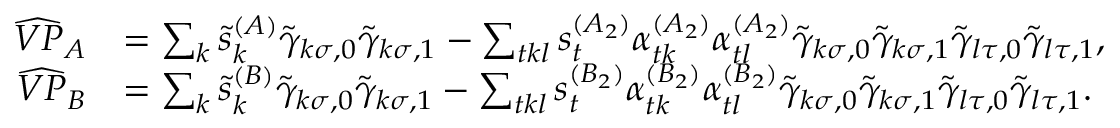
\begin{array} { r l } { \widehat { V P } _ { A } } & { = \sum _ { k } \tilde { s } _ { k } ^ { ( A ) } \tilde { \gamma } _ { k \sigma , 0 } \tilde { \gamma } _ { k \sigma , 1 } - \sum _ { t k l } s _ { t } ^ { ( A _ { 2 } ) } \alpha _ { t k } ^ { ( A _ { 2 } ) } \alpha _ { t l } ^ { ( A _ { 2 } ) } \tilde { \gamma } _ { k \sigma , 0 } \tilde { \gamma } _ { k \sigma , 1 } \tilde { \gamma } _ { l \tau , 0 } \tilde { \gamma } _ { l \tau , 1 } , } \\ { \widehat { V P } _ { B } } & { = \sum _ { k } \tilde { s } _ { k } ^ { ( B ) } \tilde { \gamma } _ { k \sigma , 0 } \tilde { \gamma } _ { k \sigma , 1 } - \sum _ { t k l } s _ { t } ^ { ( B _ { 2 } ) } \alpha _ { t k } ^ { ( B _ { 2 } ) } \alpha _ { t l } ^ { ( B _ { 2 } ) } \tilde { \gamma } _ { k \sigma , 0 } \tilde { \gamma } _ { k \sigma , 1 } \tilde { \gamma } _ { l \tau , 0 } \tilde { \gamma } _ { l \tau , 1 } . } \end{array}